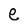
Character: e